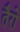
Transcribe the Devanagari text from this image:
तैरो